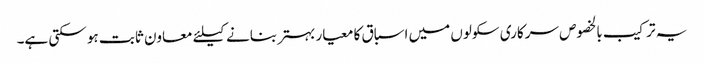
یہ ترکیب بالخصوص سرکاری سکولوں میں اسباق کا معیار بہتر بنانے کیلئے معاون ثابت ہو سکتی ہے۔